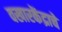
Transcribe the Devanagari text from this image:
वखारकेंद्राचे